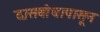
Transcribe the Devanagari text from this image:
दासबोधापासून